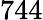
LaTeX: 744